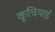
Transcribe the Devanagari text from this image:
कूचियाई